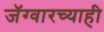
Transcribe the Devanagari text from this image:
जॅग्वारच्याही